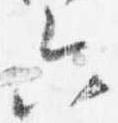
六